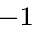
^ { - 1 }